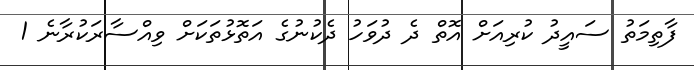
ފާތިމަތު ސައީދު ކުރިއަށް އޮތް ދެ ދުވަހު ދެކުނުގެ އަތޮޅުތަކަށް ވިއްސާރަކުރާނެ 1